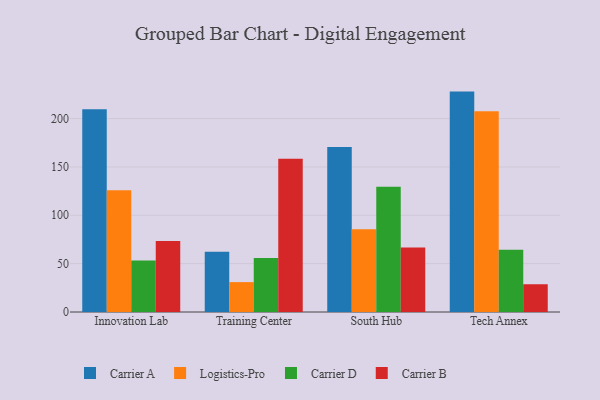
{"axis": {"x": "Campus", "y": "Gross Profit (USD K)"}, "legend": ["Carrier A", "Carrier B", "Carrier D", "Logistics-Pro"], "data": [{"x": "Innovation Lab", "y": 209.6, "type": "Carrier A"}, {"x": "Innovation Lab", "y": 125.9, "type": "Logistics-Pro"}, {"x": "Innovation Lab", "y": 53.2, "type": "Carrier D"}, {"x": "Innovation Lab", "y": 73.5, "type": "Carrier B"}, {"x": "Training Center", "y": 62.2, "type": "Carrier A"}, {"x": "Training Center", "y": 30.9, "type": "Logistics-Pro"}, {"x": "Training Center", "y": 55.9, "type": "Carrier D"}, {"x": "Training Center", "y": 158.4, "type": "Carrier B"}, {"x": "South Hub", "y": 170.5, "type": "Carrier A"}, {"x": "South Hub", "y": 85.5, "type": "Logistics-Pro"}, {"x": "South Hub", "y": 129.6, "type": "Carrier D"}, {"x": "South Hub", "y": 66.7, "type": "Carrier B"}, {"x": "Tech Annex", "y": 227.9, "type": "Carrier A"}, {"x": "Tech Annex", "y": 207.7, "type": "Logistics-Pro"}, {"x": "Tech Annex", "y": 64.4, "type": "Carrier D"}, {"x": "Tech Annex", "y": 28.7, "type": "Carrier B"}]}